Standards of the constituents of the urine and blood and the bearing of the metabolism of Bengalis on the problems of nutrition - Number 34
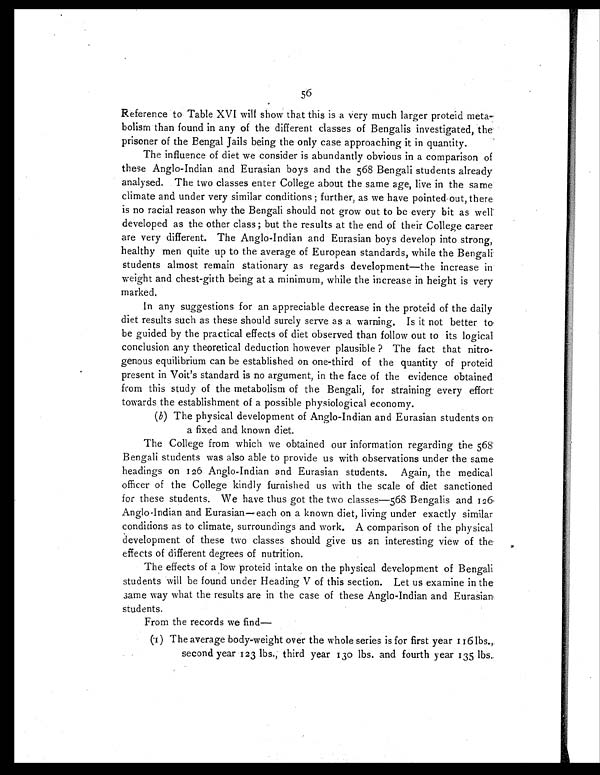
56
Reference to Table XVI will show that this is a very much larger proteid meta-
bolism than found in any of the different classes of Bengalis investigated, the
prisoner of the Bengal Jails being the only case approaching it in quantity.
The influence of diet we consider is abundantly obvious in a comparison of
these Anglo-Indian and Eurasian boys and the 568 Bengali students already
analysed. The two classes enter College about the same age, live in the same
climate and under very similar conditions ; further, as we have pointed-out, there
is no racial reason why the Bengali should not grow out to be every bit as well
developed as the other class; but the results at the end of their College career
are very different. The Anglo-Indian and Eurasian boys develop into strong,
healthy men quite up to the average of European standards, while the Bengali
students almost remain stationary as regards development—the increase in
weight and chest-girth being at a minimum, while the increase in height is very
marked.
In any suggestions for an appreciable decrease in the proteid of the daily
diet results such as these should surely serve as a warning. Is it not better to
be guided by the practical effects of diet observed than follow out to its logical
conclusion any theoretical deduction however plausible ? The fact that nitro-
genous equilibrium can be established on one-third of the quantity of proteid
present in Voit's standard is no argument, in the face of the evidence obtained
from this study of the metabolism of the Bengali, for straining every effort
towards the establishment of a possible physiological economy.
( b) The physical development of Anglo-Indian and Eurasian students on
a fixed and known diet.
The College from which we obtained our information regarding the 568
Bengali students was also able to provide us with observations under the same
headings on 126 Anglo-Indian and Eurasian students. Again, the medical
officer of the College kindly furnished us with the scale of diet sanctioned
for these students. We have thus got the two classes—568 Bengalis and 126
Anglo Indian and Eurasian—each on a known diet, living under exactly similar
conditions as to climate, surroundings and work. A comparison of the physical
development of these two classes should give us an interesting view of the
effects of different degrees of nutrition.
The effects of a low proteid intake on the physical development of Bengali
students will be found under Heading V of this section. Let us examine in the
same way what the results are in the case of these Anglo-Indian and Eurasian
students.
From the records we Lind
(1) The average body-weight over the whole series is for first year 116 lbs.,
second year 123 lbs., third year 130 lbs. and fourth year 135 lbs.